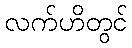
လက်ဟိတွင်